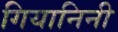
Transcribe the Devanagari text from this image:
गियानिनी